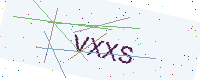
Text: VXXS